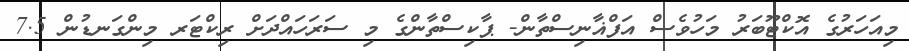
މިއަހަރުގެ އޮކްޓޫބަރު މަހުވެސް އަފްޣާނިސްތާން- ޕާކިސްތާންގެ މި ސަރަހައްދަށް ރިކްޓަރ މިންގަނޑުން 7.5